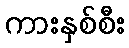
ကားနှစ်စီး